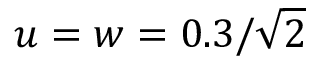
u = w = 0 . 3 / \sqrt { 2 }